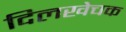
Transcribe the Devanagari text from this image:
दिलखेचक